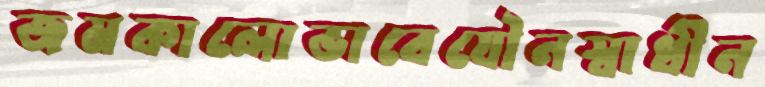
জমকালোভাবেযৌনস্বাধীন